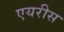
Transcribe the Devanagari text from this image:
एयरीस